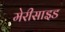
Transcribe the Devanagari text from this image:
मेरीसाइड